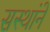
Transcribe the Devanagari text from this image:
सस्थांने